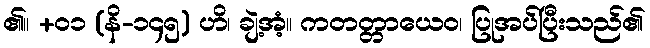
၏။ +၀၁ (နိ-၁၄၅) ဟိ၊ ချဲ့အံ့။ ကတတ္တာယေဝ၊ ပြုအပ်ပြီးသည်၏